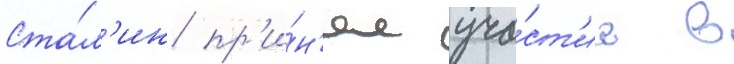
Ста́л'ин пр'и́н'ял уча́ст'ие в